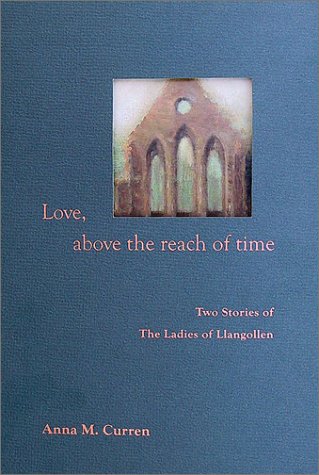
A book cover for Love, Above the Reach of Time: Two Stories of The Ladies of Llangollen; Anna M. Curren; Literature & Fiction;